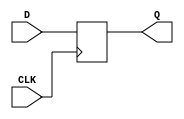
module DFF (
  input D,
  input CLK,
  output reg Q
);
  
  always @(posedge CLK)
    Q <= D;
  
endmodule